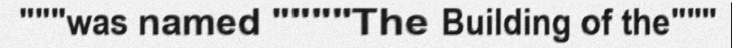
"""was named """"The Building of the"""